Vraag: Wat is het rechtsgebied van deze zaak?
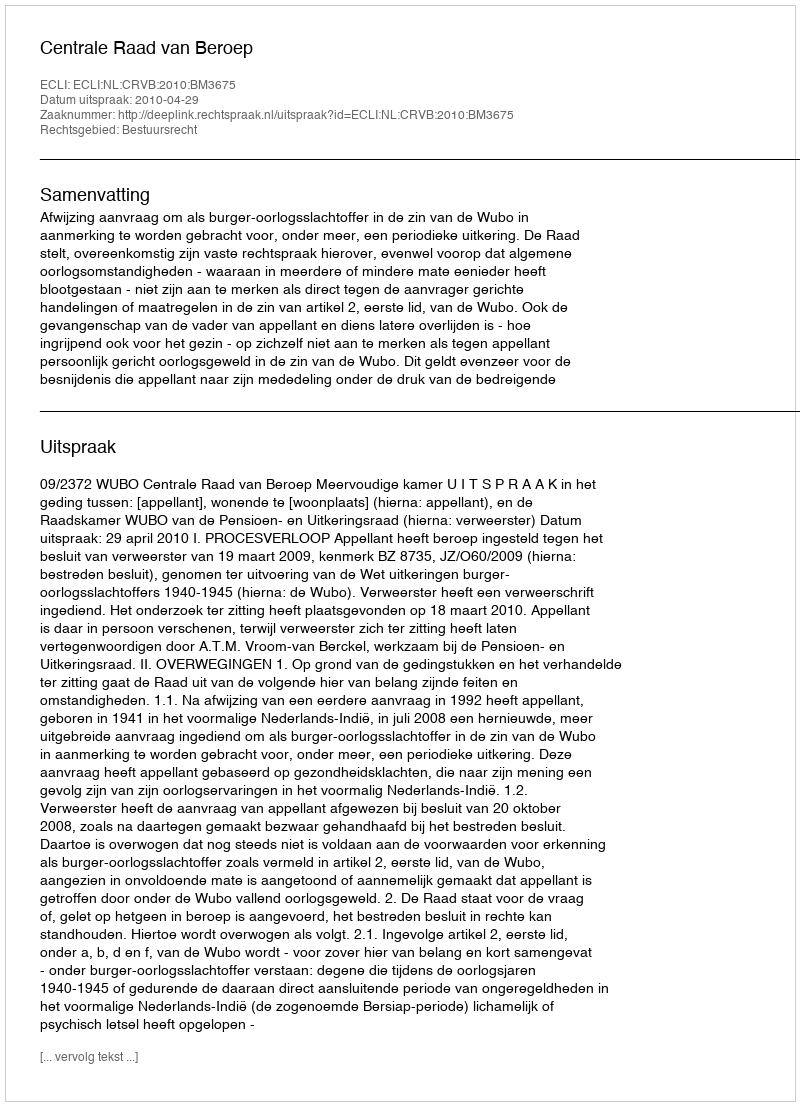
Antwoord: Bestuursrecht